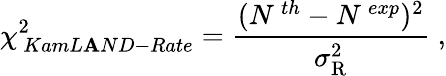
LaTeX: \chi_{\, KamL\mathbf{A}ND-Rate}^{2}=\frac{{(N^{\, th}-N^{\, exp})^{2}}}{{\sigma_{\mathrm{{R}}}^{2}}}\; ,